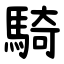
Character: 騎